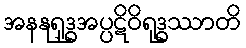
အနနုရုဒ္ဓအပ္ပဋိဝိရုဒ္ဓဿာတိ